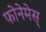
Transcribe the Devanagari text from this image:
फोनेमेस्